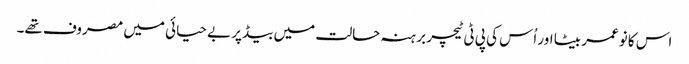
اس کا نوعمر بیٹا اور اُس کی پی ٹی ٹیچر برہنہ حالت میں بیڈ پر بے حیائی میں مصروف تھے۔